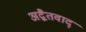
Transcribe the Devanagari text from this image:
अद्वैतवाद्